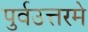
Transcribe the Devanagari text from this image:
पुर्वउत्तरमे